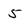
Character: 5